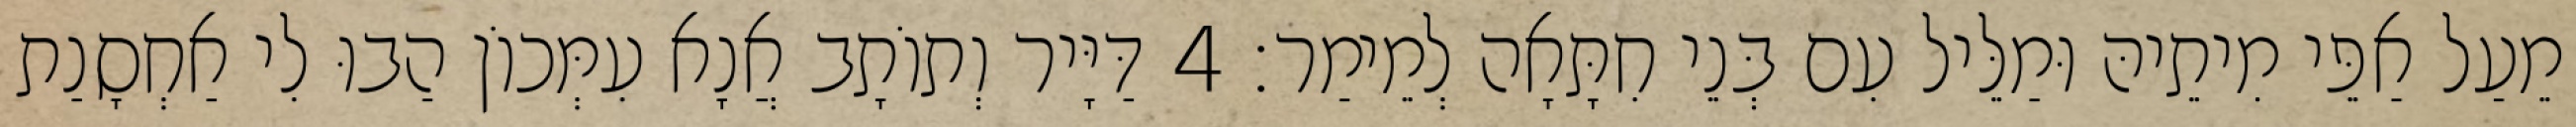
מֵעַל אַפֵּי מִיתֵיהּ וּמַלֵּיל עִם בְּנֵי חִתָּאָה לְמֵימַר׃ 4 דַּיָּיר וְתוֹתָב אֲנָא עִמְּכוֹן הַבוּ לִי אַחְסָנַת